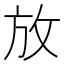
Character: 放